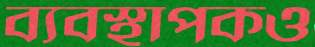
ব্যবস্থাপকও